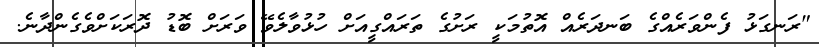
"ރަނގަޅު ފެންވަރެއްގެ ބަނދަރެއް އޮތުމަކީ ރަށުގެ ތަރައްގީއަށް ހުޅުވާލެވޭ ވަރަށް ބޮޑު ދޮރަކަށްވެގެންދާނެ.